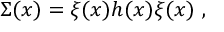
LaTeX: \Sigma ( x ) = \xi ( x ) h ( x ) \xi ( x ) \ ,